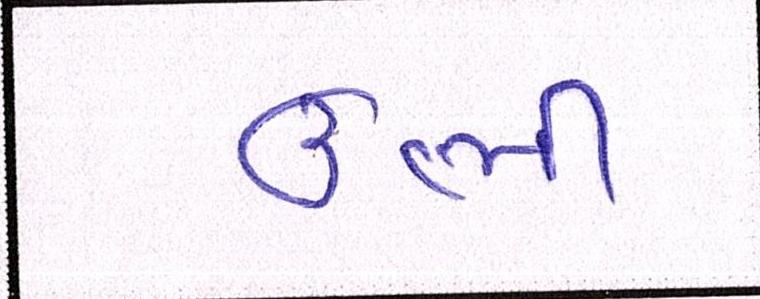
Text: ઊભી